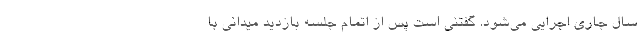
سال جاری اجرایی می‌شود. گفتنی است پس از اتمام جلسه بازدید میدانی با